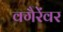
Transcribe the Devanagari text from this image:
वगैरेंवर